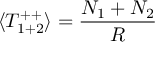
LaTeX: \langle T _ { 1 + 2 } ^ { + + } \rangle = \frac { N _ { 1 } + N _ { 2 } } { R }